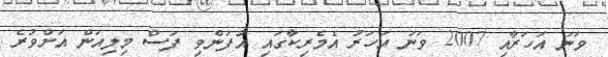
ވަނަ އަހަރާއި 2007 ވަނަ އަހަރު އެމެރިކާގައި އުފަންވި ފަސް މިލިއަން އަށްވުރެ